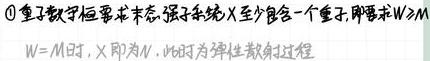
\textcircled{1}重子数守恒要求末态,强子系统$X$至少包含一个重子,即要求$W\geqslant M$.
$W = M$时,$X$即为$N$,此时为弹性散射过程.